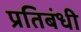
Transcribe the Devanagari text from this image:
प्रतिबंधी